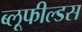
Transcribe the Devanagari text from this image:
ब्लूफील्डस